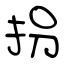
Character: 拐